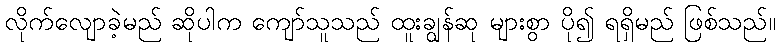
လိုက်လျောခဲ့မည် ဆိုပါက ကျော်သူသည် ထူးချွန်ဆု များစွာ ပို၍ ရရှိမည် ဖြစ်သည်။